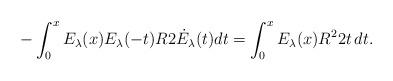
LaTeX: \begin{align*}-\int_0^x E_\lambda(x)E_\lambda(-t) R2\dot E_\lambda(t)dt= \int_0^x E_\lambda(x)R^22t \, dt.\end{align*}